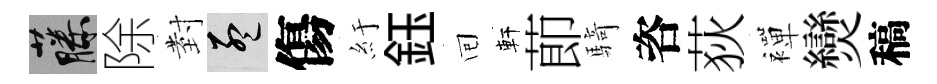
藤除𭔹孟傷紆鈺囘軒莭騎咨荻襌𤓖稿